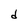
Character: d